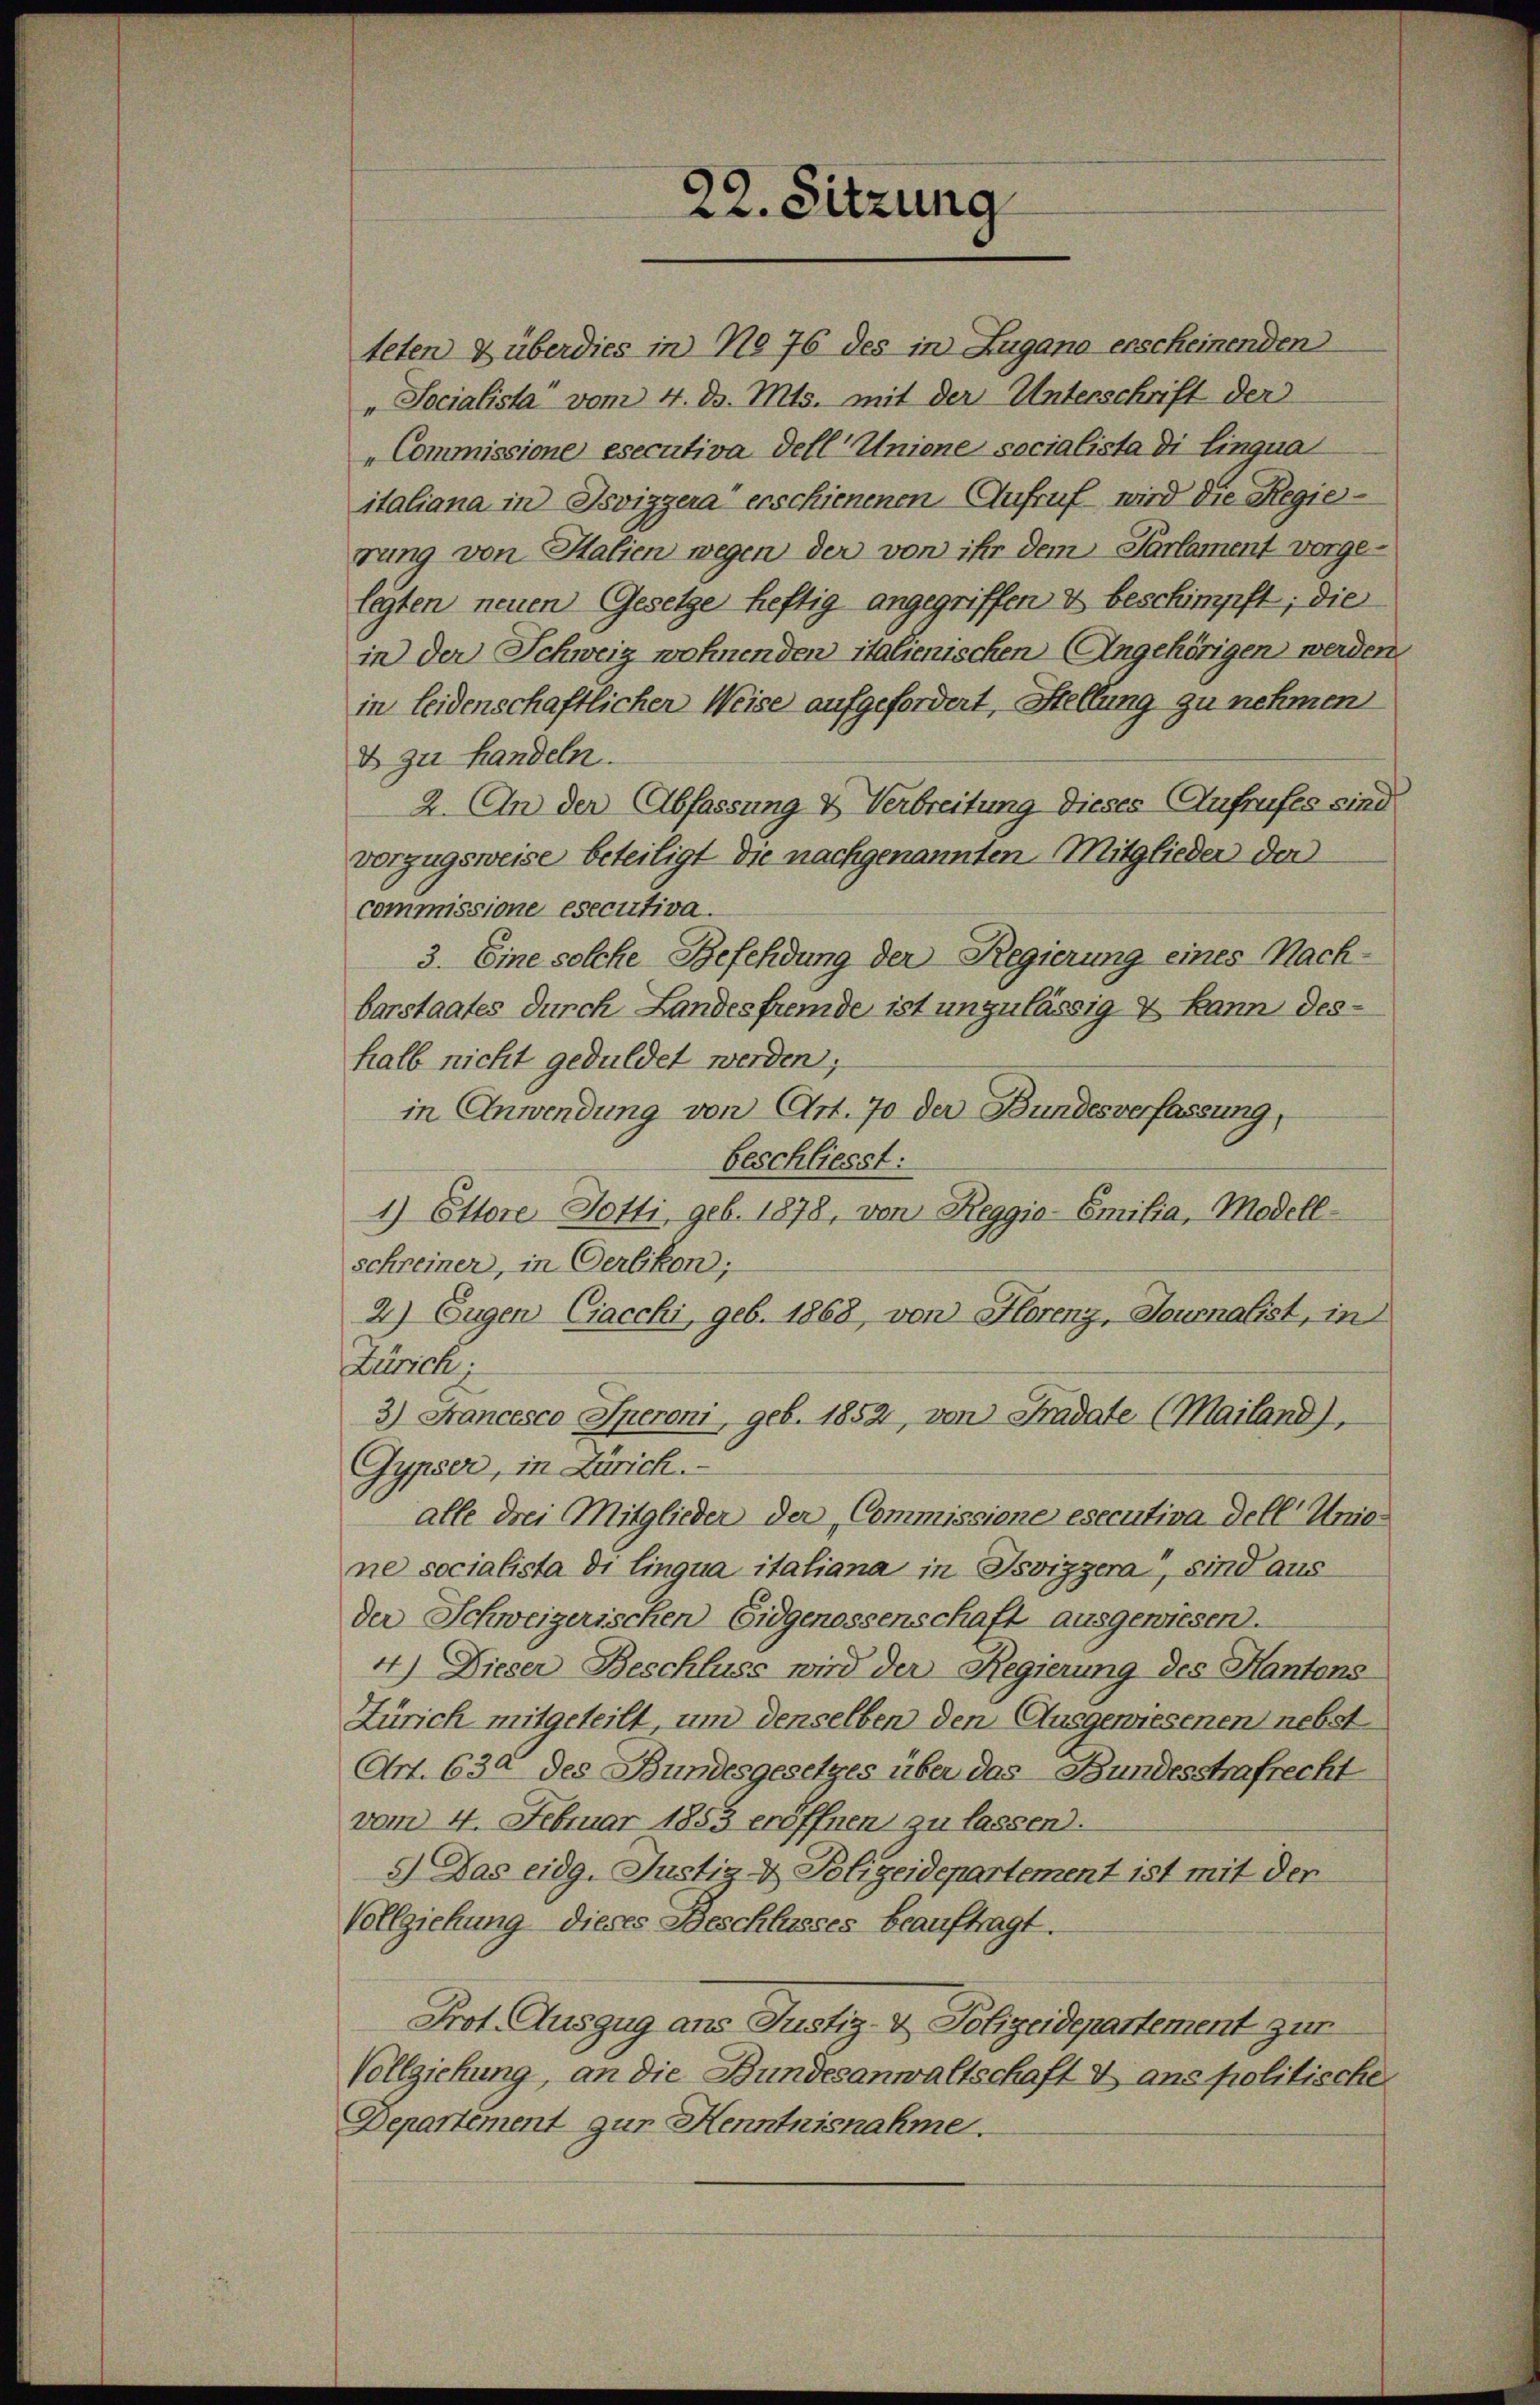
22. Sitzung

teten überdies in No 76 des in Zugano erscheinenden
"Socialista vom 4. d. Mts. mit der Unterschrift der
Commissione esecutiva dell Unione socialista di Lingua
italiana in Isviggera“ erschienenen Aufruf wird die Regierung von Halien wegen der von ihr dem Parlament vorge-
legten neuen Gesetze heftig angegriffen & beschimpft; die
in der Schweiz wohnenden italienischen (Angehörigen werden.
in leidenschaftlicher Weise aufgefordert, Stellung zu nehmen
& zu Handeln.
2. An der Abfassung & Verbreitung dieses Aufrufes sind
vorzugsweise beteiligt die nachgenannten Mitglieder der
commissione esecutiva.
3. Eine solche Befehdung der Regierung eines Nach-
barstaates durch Landesfremde ist unzulässig & kann deshalb nicht geduldet werden;
in Anwendung von Art. 70 der Bundesverfassung,
beschliesst:
1) Ettere Totti geb. 1878, von Reggio-Emilia, Modell-
schreiner, in Oerlikon;
2) Eugen Ciacchi, geb. 1868, von Horenz, Journalist, in
Zürich
3) Francesco Iperoni, geb. 1852, von Fradate (Mailand),
Gypser, in Zürich.
alle drei Mitglieder der Commissione esecutiva dell Unio
ne socialista di linqua italiana in Isvizzera, sind aus
der Schweizerischen Eidgenossenschaft ausgewiesen.
4) Dieser Beschluss wird der Regierung des Kantons
Zürich mitgeteilt, und denselben den Ausgewiesenen nebst
Art. 630 des Bundesgesetzes über das Bundesstrafrecht
vom 4. Februar 1853 eröffnen zu lassen.
5) Das eidg. Justiz- & Polizeidepartement ist mit der
Vollziehung dieses Beschlusses beauftragt.
Prot. Auszug ans Justiz- & Polizeidepartement zur
Vollziehung, an die Bundesanwaltschaft & ans politische
Departement zur Henntnisnahme.